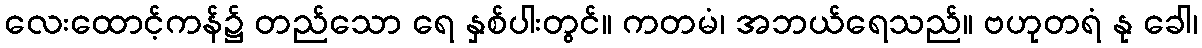
လေးထောင့်ကန်၌ တည်သော ရေ နှစ်ပါးတွင်။ ကတမံ၊ အဘယ်ရေသည်။ ဗဟုတရံ နု ခေါ၊